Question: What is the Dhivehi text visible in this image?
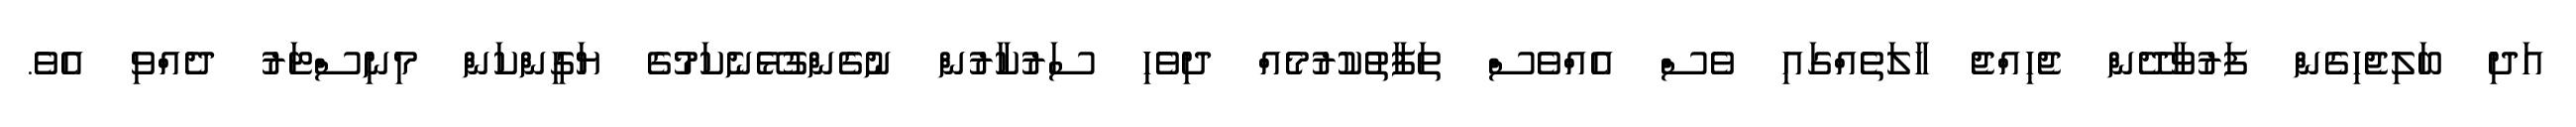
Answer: އަދި ބަލިޖެހިގެން ފަރުވާދޭން ޖެހިއްޖެ ހާލަތެއްގައި ވެސް އެއްވެސް ތަފާތުކުރުމެއް ދިވެހި ސަރުކާރުން ނުގެންގުޅޭނެކަމުގެ ޔަގީންކަން މިނިސްޓަރު ދެއްވި އެވެ.